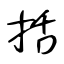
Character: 括